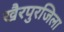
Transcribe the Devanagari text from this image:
खैरपुरजिला